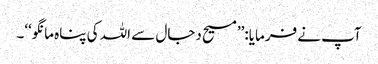
آپ نے فرمایا:’’مسیح دجال سے اللہ کی پناہ مانگو‘‘۔